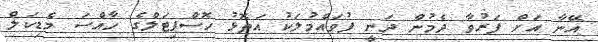
އޭނާ އަށް ފަރުވާ ދެމުން ދަނީ ފުވައްމުލަކު އަތޮޅު ހޮސްޕިޓަލްގެ ހާއްސަ މެޑިކަލް